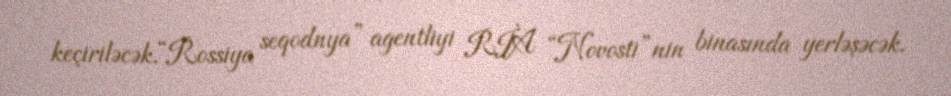
keçiriləcək.“Rossiya seqodnya” agentliyi RİA “Novosti”nin binasında yerləşəcək.